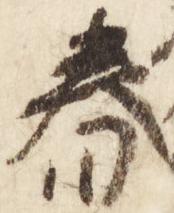
春